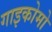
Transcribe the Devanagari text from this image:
गाइकोमो